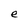
Character: e